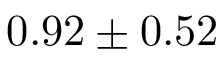
0 . 9 2 \pm 0 . 5 2